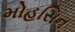
મોહસિન